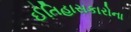
ઈતિહાસકારોના